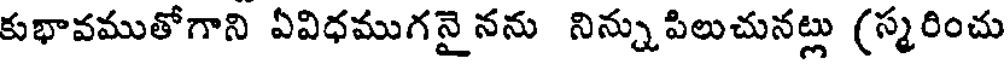
కుభావముతోగాని ఏవిధముగనైనను నిన్నుపిలుచునట్లు (స్మరించు